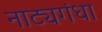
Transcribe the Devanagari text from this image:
नाट्यगंधा